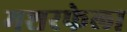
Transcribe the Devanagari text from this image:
मशरफेला